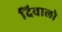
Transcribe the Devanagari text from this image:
दिवालो